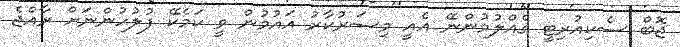
ޖޮބް ސެކިއުރިޓީ ގެއްލުމުންނޭ އެއީ މިސަރުކާރު އައުމުން ވީ ކަމެކޭ ފުލުހުންނަށް ރާއްޖެ